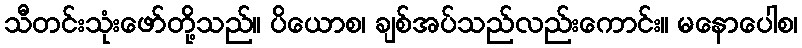
သီတင်းသုံးဖော်တို့သည်။ ပိယောစ၊ ချစ်အပ်သည်လည်းကောင်း။ မနောပေါစ၊